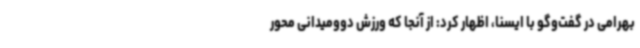
بهرامی در گفت‌وگو با ایسنا، اظهار کرد: از آنجا که ورزش دوومیدانی محور